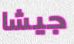
جيشا